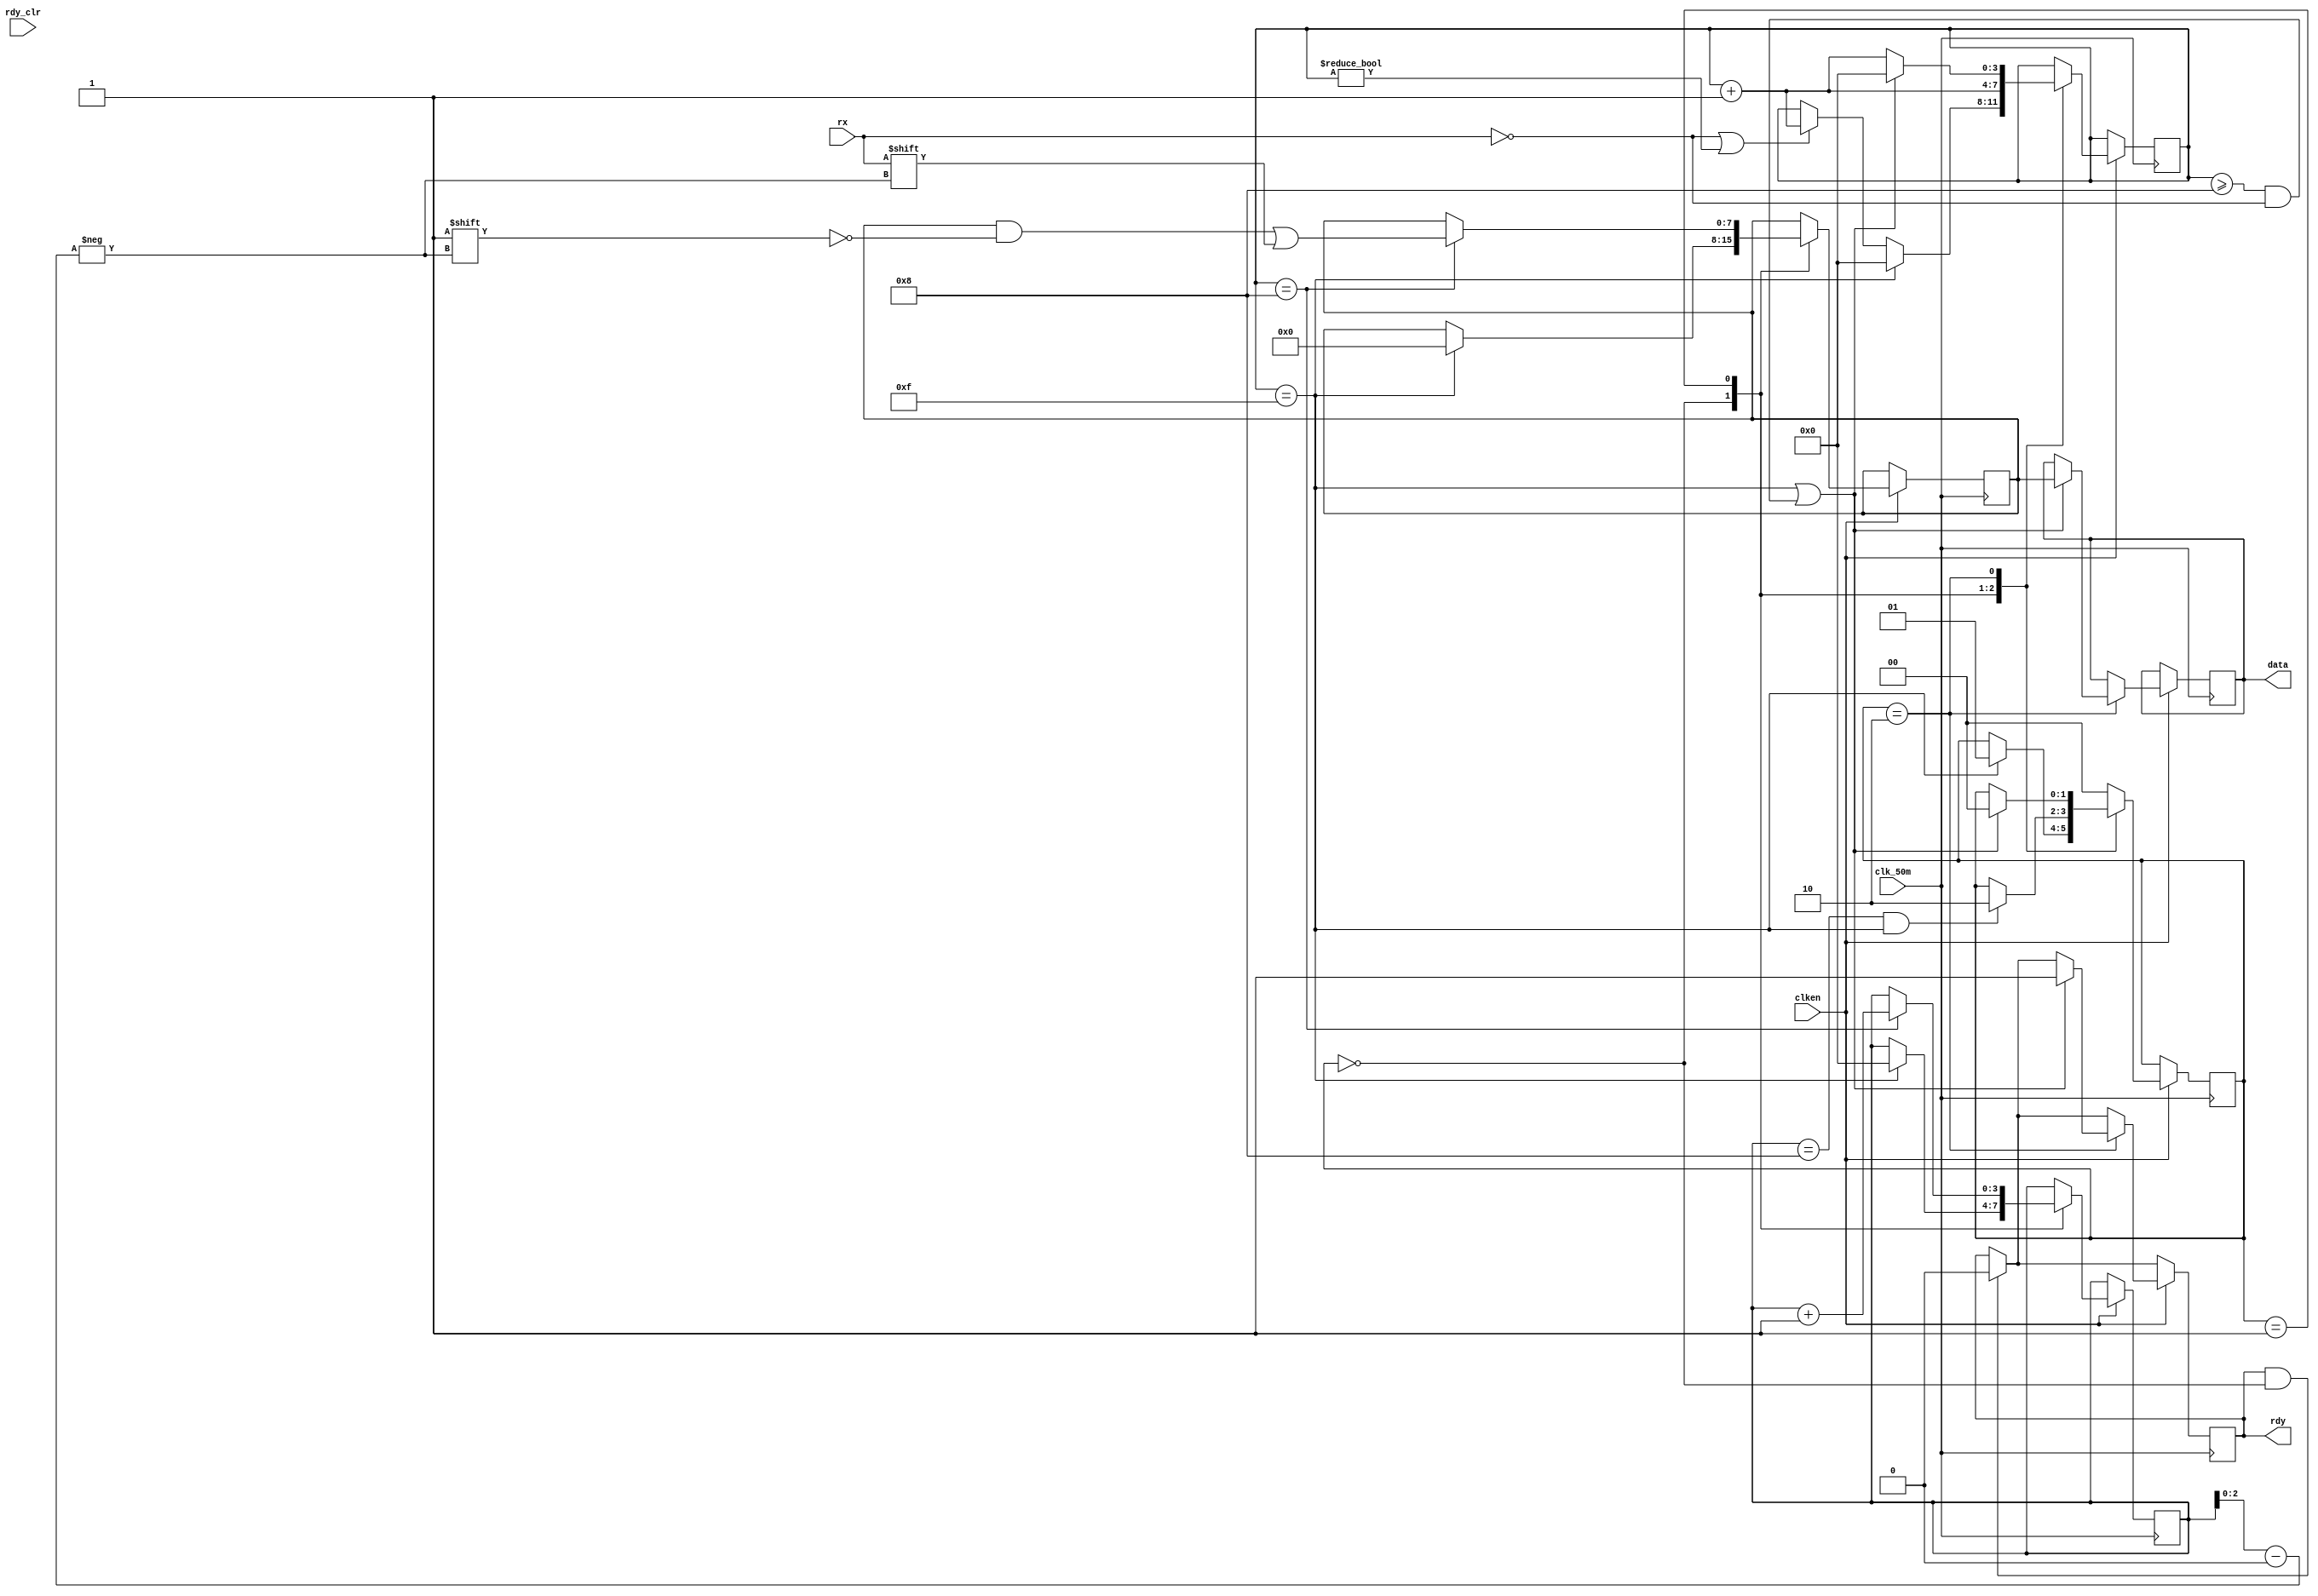
/*
 * ----------------------------------------------------------------------------
 * Ttulo: uart
 * Fonte: @jamieiles no GitHub
 * Repositrio: https://github.com/jamieiles/uart/tree/master
 * 
 * Trecho de cdigo copiado e utilizado neste projeto para realizar 
 * comunicao serial entre dois dispositivos a partir do protocolo UART.
 *
 * Modificaes realizadas por: @avcsilva, @BaptistaGabriel, @LuisBaiano, @MarcioDzn no GitHub
 * Data das modificaes: 28-08-2023
 * ----------------------------------------------------------------------------
 */

module receiver(input wire rx,
		output reg rdy,
		input wire rdy_clr,
		input wire clk_50m,
		input wire clken,
		output reg [7:0] data);

initial begin
	rdy = 0;
	data = 8'b0;
end

parameter RX_STATE_START	= 2'b00;
parameter RX_STATE_DATA		= 2'b01;
parameter RX_STATE_STOP		= 2'b10;

reg [1:0] state = RX_STATE_START;
reg [3:0] sample = 0;
reg [3:0] bitpos = 0;
reg [7:0] scratch = 8'b0;

always @(posedge clk_50m) begin
	if (rdy && state == RX_STATE_START) 
		rdy <= 0;

	if (clken) begin
		case (state)
		RX_STATE_START: begin
			/*
			* Start counting from the first low sample, once we've
			* sampled a full bit, start collecting data bits.
			*/
			if (!rx || sample != 0)
				sample <= sample + 4'b1;

			if (sample == 15) begin
				state <= RX_STATE_DATA;
				bitpos <= 0;
				sample <= 0;
				scratch <= 0;
			end
		end
		RX_STATE_DATA: begin
			sample <= sample + 4'b1;
			if (sample == 4'h8) begin
				scratch[bitpos[2:0]] <= rx;
				bitpos <= bitpos + 4'b1;
			end
			if (bitpos == 8 && sample == 15)
				state <= RX_STATE_STOP;
		end
		RX_STATE_STOP: begin
			/*
			 * Our baud clock may not be running at exactly the
			 * same rate as the transmitter.  If we thing that
			 * we're at least half way into the stop bit, allow
			 * transition into handling the next start bit.
			 */
			if (sample == 15 || (sample >= 8 && !rx)) begin
				state <= RX_STATE_START;
				data <= scratch;
				rdy <= 1'b1;
				sample <= 0;
			end else begin
				sample <= sample + 4'b1;
			end
		end
		default: begin
			state <= RX_STATE_START;
		end
		endcase
	end
end

endmodule